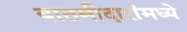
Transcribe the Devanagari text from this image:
बातमीदारांमध्ये